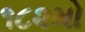
૧૮૨મો